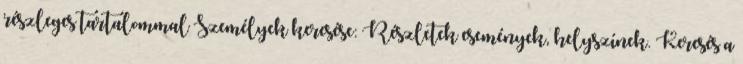
részleges tartalommal Személyek keresése: Részletek események, helyszínek. Keresés a